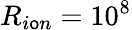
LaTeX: R_{i\mathsf{o}n}=10^{8}